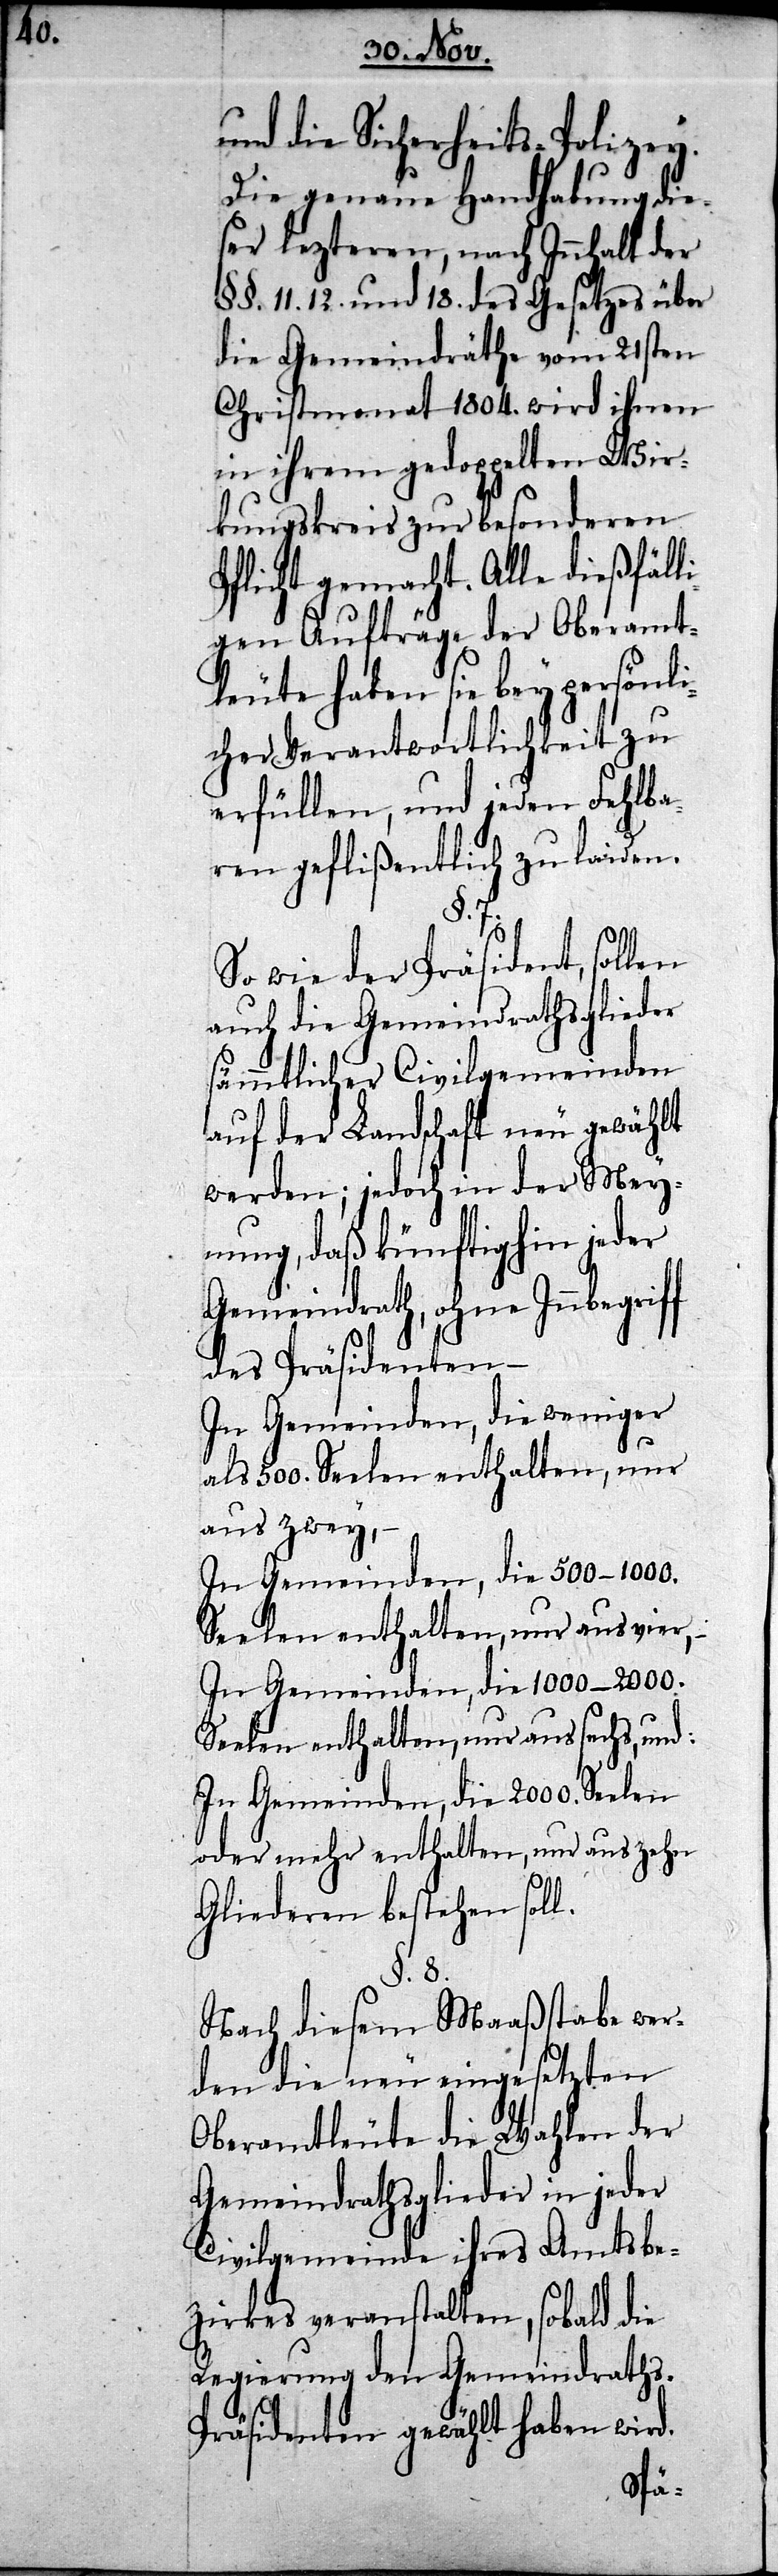
und die Sicherheits-Polizey.
Die genaue Handhabung die¬
ser lezteren, nach Innhalt der
§§. 11. 12. und 18. des Gesetzes über
die Gemeindräthe vom 21sten
Christmonat 1804. wird ihnen
in ihrem gedoppelten Wir¬
kungskreis zur besonderen
Pflicht gemacht. Alle dießfäll¬
igen Aufträge der Oberamt¬
leute haben sie bey persönli¬
cher Verantwortlichkeit zu
erfüllen, und jeden Fehlba¬
ren geflißentlich zu laiden.
§. 7.
So wie der Präsident, sollen
auch die Gemeindrathsglieder
sämmtlicher Civilgemeinden
auf der Landschaft neu gewählt
werden; jedoch in der Mey¬
nung, daß künftighin jeder
Gemeindrath, ohne Innbegrif¬
des Präsidenten –
In Gemeinden, die weniger
als 500. Seelen enthalten, nur
aus zwey,
In Gemeinden, die 500–1000.
Seelen enthalten, nur aus vier,
In Gemeinden, die 1000–2000.
Seelen enthalten, nur aus sechs, und:
In Gemeinden, die 2000. Seelen
oder mehr enthalten, nur aus zehn
Gliederen bestehen soll.
§. 8.
Nach diesem Maaßstabe wer¬
den die neu eingesetzten
Oberamtleute die Wahlen der
Gemeindrathsglieder in jeder
Civilgemeinde ihres Amtsbe¬
zirks veranstalten, sobald die
Regierung den Gemeindraths-P¬
räsidenten gewählt haben wird.
f